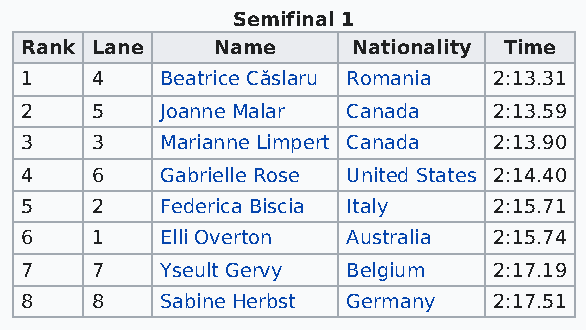
Semifinal 1
 Rank Lane    Name     Nationality Time
 1    4    Beatrice Căslaru Romania 2:13.31
 2    5    Joanne Malar Canada   2:13.59
 3    3    Marianne Limpert Canada 2:13.90
 4    6    Gabrielle Rose United States 2:14.40
 5    2    Federica Biscia Italy 2:15.71
 6    1    Elli Overton Australia 2:15.74
 7    7    Yseult Gervy Belgium  2:17.19
 8    8    Sabine Herbst Germany 2:17.51